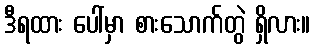
ဒီရထား ပေါ်မှာ စားသောက်တွဲ ရှိလား။